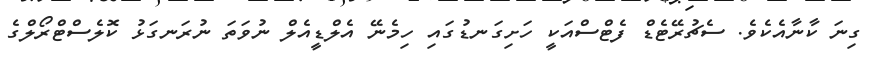
ގިނަ ކާނާއެކެވެ. ސެޗުރޭޓެޑް ފެޓްސްއަކީ ހަށިގަނޑުގައި ހިމެނޭ އެލްޑީއެލް ނުވަތަ ނުރަނގަޅު ކޮލެސްޓްރޯލްގެ